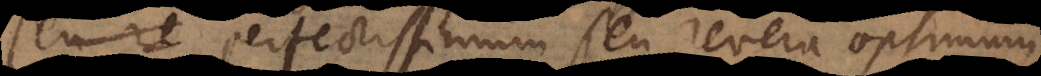
perfectissimum seu revera optimum